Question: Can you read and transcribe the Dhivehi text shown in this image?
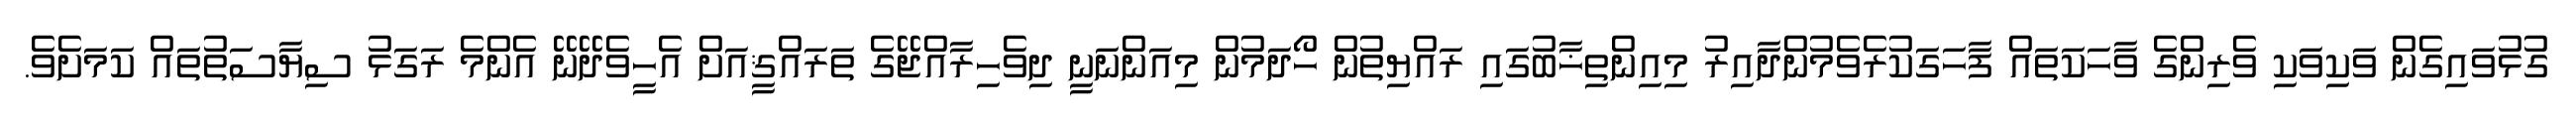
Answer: ގުޅުވައިގެން ވަކިވަކި ވެރިންގެ ވާހަކަތައް ފާހަގަކުރެވެމުންދާއިރު މިއިންތިޚާބުގައި ރައްޔިތުން ހޯދަމުން މިއަންނަނީ ދިވެހިރާއްޖޭގެ ތަރައްޤީއަށް އެހީވެދޭނޭ އެންމެ ރަގަޅު ސިޔާސަތުތައް ކަމަށެވެ.